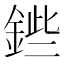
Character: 𨧥